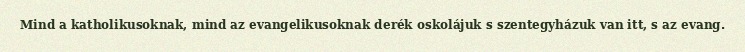
Mind a katholikusoknak, mind az evangelikusoknak derék oskolájuk s szentegyházuk van itt, s az evang.